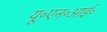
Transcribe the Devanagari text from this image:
यू॰एन॰आई॰